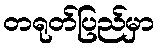
တရုတ်ပြည်မှာ